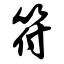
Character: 符